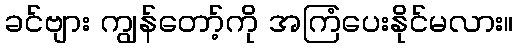
ခင်ဗျား ကျွန်တော့်ကို အကြံပေးနိုင်မလား။